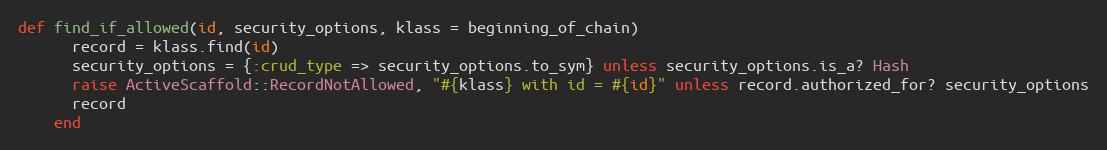
Language: Ruby
def find_if_allowed(id, security_options, klass = beginning_of_chain)
      record = klass.find(id)
      security_options = {:crud_type => security_options.to_sym} unless security_options.is_a? Hash
      raise ActiveScaffold::RecordNotAllowed, "#{klass} with id = #{id}" unless record.authorized_for? security_options
      record
    end